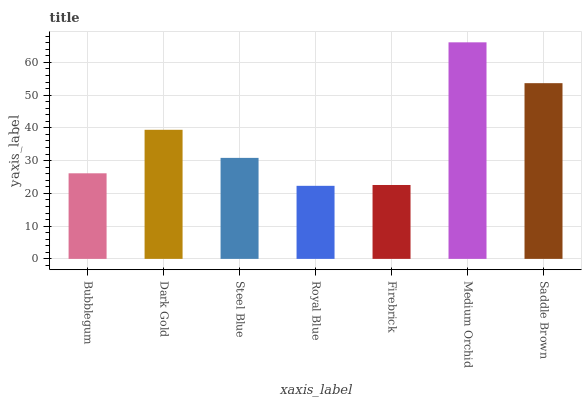
| xaxis_label | bars |
 | --- | --- |
 | Bubblegum | 26.1 |
 | Dark Gold | 39.4 |
 | Steel Blue | 30.8 |
 | Royal Blue | 22.3 |
 | Firebrick | 22.6 |
 | Medium Orchid | 66.1 |
 | Saddle Brown | 53.6 |